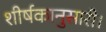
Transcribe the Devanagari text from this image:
शीर्षकानुसारी।